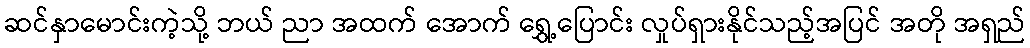
ဆင်နှာမောင်းကဲ့သို့ ဘယ် ညာ အထက် အောက် ရွှေ့ပြောင်း လှုပ်ရှားနိုင်သည့်အပြင် အတို အရှည်